Memorandum on the prevention of leprosy by segregation of the affected
Disease focus: Leprosy
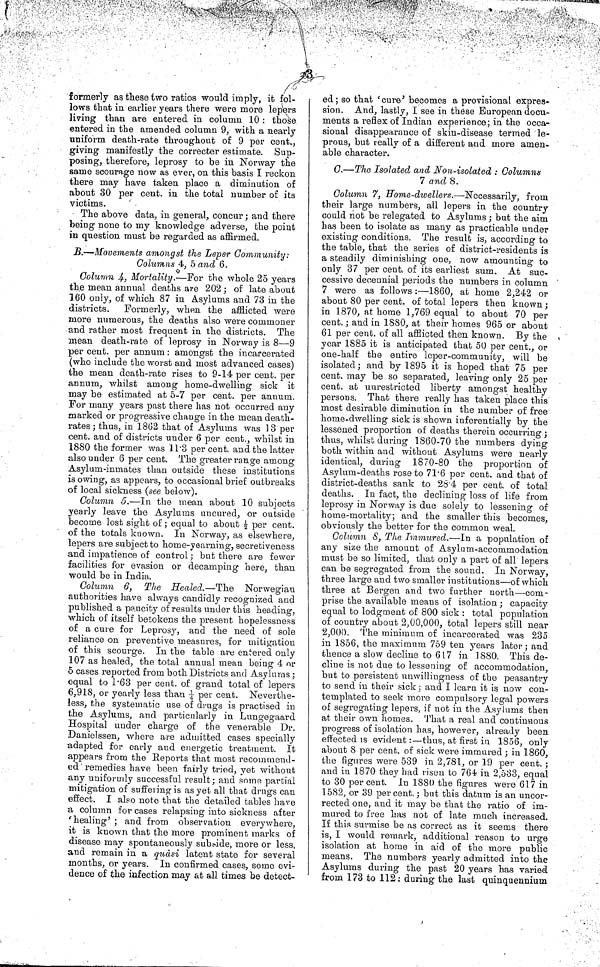
§
formerly as these two ratios would imply, it fol-
lows that in earlier years there were more lepers
living than are entered in column 10 : those
entered in the amended column 9, with a nearly
uniform death-rate throughout of 9 per cent.,
giving manifestly the corrector estimate. Sup-
posing, therefore, leprosy to be in Norway the
same scourage now as ever, on this basis I reckon
there may have taken place a diminution of
about 30 per cent. in the total number of its
victims.
The above data, in general, concur; and there
being none to my knowledge adverse, the point
in question must be regarded as affirmed.
B.—Movements amongst the Leper Community:
Columns 4, 5 and 6.
Column 4, Mortality.—For the whole 25 years
the mean annual deaths are 202 ; of late about
160 only, of which 87 in Asylums and 73 in the
districts. Formerly, when the afflicted were
more numerous, the deaths also were commoner
and rather most frequent in the districts. The
mean death-rate of leprosy in Norway is 8—9
per cent. per annum: amongst the incarcerated
(who include the worst and most advanced cases)
the mean death-rate rises to 9-14 per cent, per
annum, whilst among home-dwelling sick it
may be estimated at 5-7 per cent. per annum.
For many years past there has not occurred any
marked or progressive change in the mean death-
rates ; thus, in 1862 that of Asylums was 13 per
cent. and of districts under 6 per cent., whilst in
1880 the former was 11.3 per cent. and the latter
also under 6 per cent. The greater range among
Asylum-inmates than outside these institutions
is owing, as appears, to occasional brief outbreaks
of local sickness (see below).
Column 5.—In the mean about 10 subjects
yearly leave the Asylums uncured, or outside
become lost sight of; equal to about ½ per cent.
of the totals known. In Norway, as elsewhere,
lepers are subject to home-yearning, secretiveness
and impatience of control; but there are fewer
facilities for evasion or decamping here, than
would be in India.
Column 6, The Healed.—The Norwegian
authorities have always candidly recognized and
published a paucity of results under this heading,
which of itself betokens the present hopelessness
of a cure for Leprosy, and the need of sole
reliance on preventive measures, for mitigation
of this scourge. In the table are entered only
107 as healed, the total annual mean being 4 or
5 cases reported from both Districts and Asylums;
equal to 1.63 per cent. of grand total of lepers
6,918, or yearly less than ¼ per cent. Neverthe-
less, the systematic use of drugs is practised in
the Asylums, and particularly in Lungegaard
Hospital under charge of the venerable Dr.
Danielssen, where are admitted cases specially
adapted for early and energetic treatment. It
appears from the Reports that most recommend-
ed ' remedies have been fairly tried, yet without
any uniformly successful result; and some partial
mitigation of suffering is as yet all that drugs can
effect. I also note that the detailed tables have
a column for cases relapsing into sickness after
'healing' ; and from observation everywhere,
it is known that the more prominent marks of
disease may spontaneously subside, more or less,
and remain in a quasi latent state for several
months, or years. In confirmed cases, some evi-
dence of the infection may at all times be detect-
ed; so that 'cure' becomes a provisional expres-
sion. And, lastly, I see in these European docu-
ments a reflex of Indian experience; in the occa-
sional disappearance of skin-disease termed le-
prous, but really of a different and more amen-
able character.
C.—The Isolated and Non-isolated : Columns
7 and 8.
Column 7, Home-dwellers.—Necessarily, from
their large numbers, all lepers in the country
could not be relegated to Asylums ,• but the aim
has been to isolate as many as practicable under
existing conditions. The result is, according to
the table, that the series of district-residents is
a steadily diminishing one, now amounting to
only 37 per cent, of its earliest sum. At sue-
cessive decennial periods the numbers in column
7 were as follows :—1860, at home 2,242 or
about 80 per cent. of total lepers then known ;
in 1870, at home 1,769 equal to about 70 per
cent.; and in 1880, at their homes 965 or about
61 per cent. of all afflicted then known. By the
year 1885 it is anticipated that 50 per cent., or
one-half the entire leper-community, will be
isolated; and by 1895 it is hoped that 75 per
cent, may be so separated, leaving only 25 per
cent. at unrestricted liberty amongst healthy
persons. That there really has taken place this
most desirable diminution in the number of free
home-dwelling sick is shown inferentially by the
lessened proportion of deaths therein occurring ;
thus, whilst during 1860-70 the numbers dying
both within and without Asylums were nearly
identical, during 1870-80 the proportion of
Asylum-deaths rose to 71.6 per cent. and that of
district-deaths sank to 28.4 per cent. of total
deaths. In fact, the declining loss of life from
leprosy in Norway is due solely to lessening of
home-mortality; and the smaller this becomes,
obviously the better for the common weal.
Column S, The Immured.—In a population of
any size the amount of Asylum-accommodation
must be so limited, that only a part of all lepers
can be segregated from the sound. In Norway,
three large and two smaller institutions—of which
three at Bergen and two further north—com-
prise the available means of isolation ; capacity
equal to lodgment of 800 sick : total population
of country about 2,00,000, total lepers still near
2,000. The minimum of incarcerated was 235
in 1856, the maximum 759 ten years later ; and
thence a slow decline to 617 in 1880. This de-
cline is not due to lessening of accommodation,
but to persistent unwillingness of the peasantry
to send in their sick; and I learn it is now con-
templated to seek more compulsory legal powers
of segregating lepers, if not in the Asylums then
at their own homes. That a real and continuous
progress of isolation has, however, already been
effected is evident:—thus, at first in 1856, only
about 8 per cent, of sick were immured ; in 1860,
the figures were 539 in 2,781, or 19 per cent. ;
and in 1870 they had risen to 764 in 2,533, equal
to 30 percent. In 1880 the figures were 617 in
1582, or 39 percent.; but this datum is an uncor-
rected one, and it may be that the ratio of im-
mured to free has not of late much increased.
If this surmise be as correct as it seems there
is, I would remark, additional reason to urge
isolation at home in aid of the more public
means. The numbers yearly admitted into the
Asylums during the past 20 years has varied
from 173 to 112; during the last quinquennium